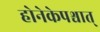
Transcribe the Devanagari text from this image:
होनेकेपश्चात्